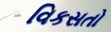
વિકસતો